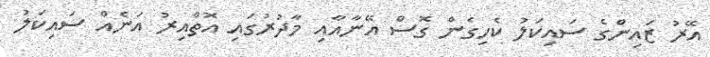
އޭރު ޒައިންގެ ސައިކަލު ކެހިގެން ގޮސް އޭނާއާއި މާދުރުގައި އޮތްއިރު އަނެއް ސައިކަލު